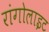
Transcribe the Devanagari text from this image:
रांगोलाइट